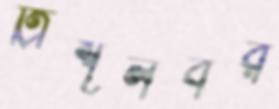
ত্রিশূলবর